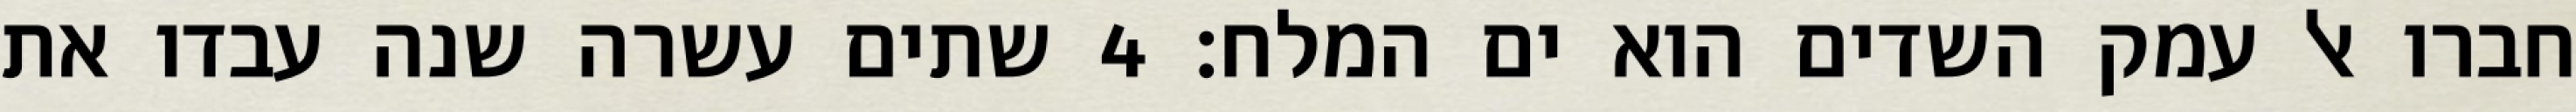
חברו אל עמק השדים הוא ים המלח׃ ‎4‏ שתים עשרה שנה עבדו את